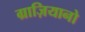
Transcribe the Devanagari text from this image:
ग्राज़ियानो